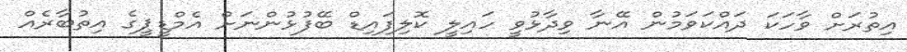
އިތުރަށް ވާހަކަ ދައްކަވަމުން އޭނާ ވިދާޅުވީ ހައިލީ ކޮލިފައިޑް ބޭފުޅުންނަށް އެމްޑީޕީގެ އިތުބާރެއް